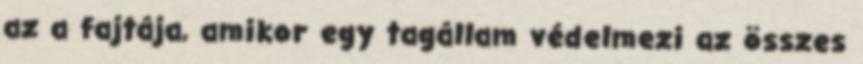
az a fajtája, amikor egy tagállam védelmezi az összes